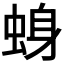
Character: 𫊾